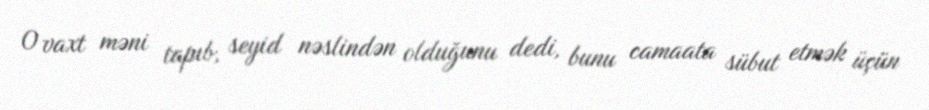
O vaxt məni tapıb, seyid nəslindən olduğunu dedi, bunu camaata sübut etmək üçün